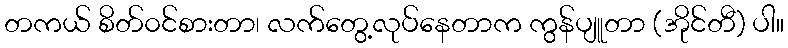
တကယ် စိတ်၀င်စားတာ၊ လက်တွေ့လုပ်နေတာက ကွန်ပျူတာ (အိုင်တီ) ပါ။